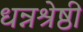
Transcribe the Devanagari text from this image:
धन्नश्रेष्ठी